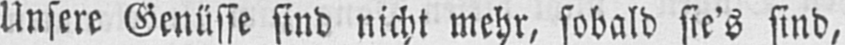
Unsere Genüsse sind nicht mehr, sobald sie’s sind,